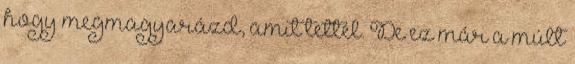
hogy megmagyarázd, amit tettél. De ez már a múlt